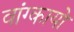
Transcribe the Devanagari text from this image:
वांग्कायो